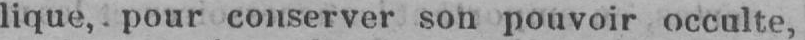
lique, pour conserver son pouvoir occulte,